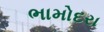
ભામોદરા